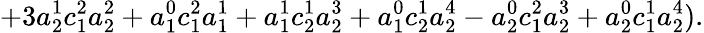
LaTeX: +3a_{2}^{1}c_{1}^{2}a_{2}^{2}+a_{1}^{0}c_{1}^{2}a_{1}^{1}+a_{1}^{1}c_{2}^{1}a_{2}^{3}+a_{1}^{0}c_{2}^{1}a_{2}^{4}-a_{2}^{0}c_{1}^{2}a_{2}^{3}+a_{2}^{0}c_{1}^{1}a_{2}^{4}).